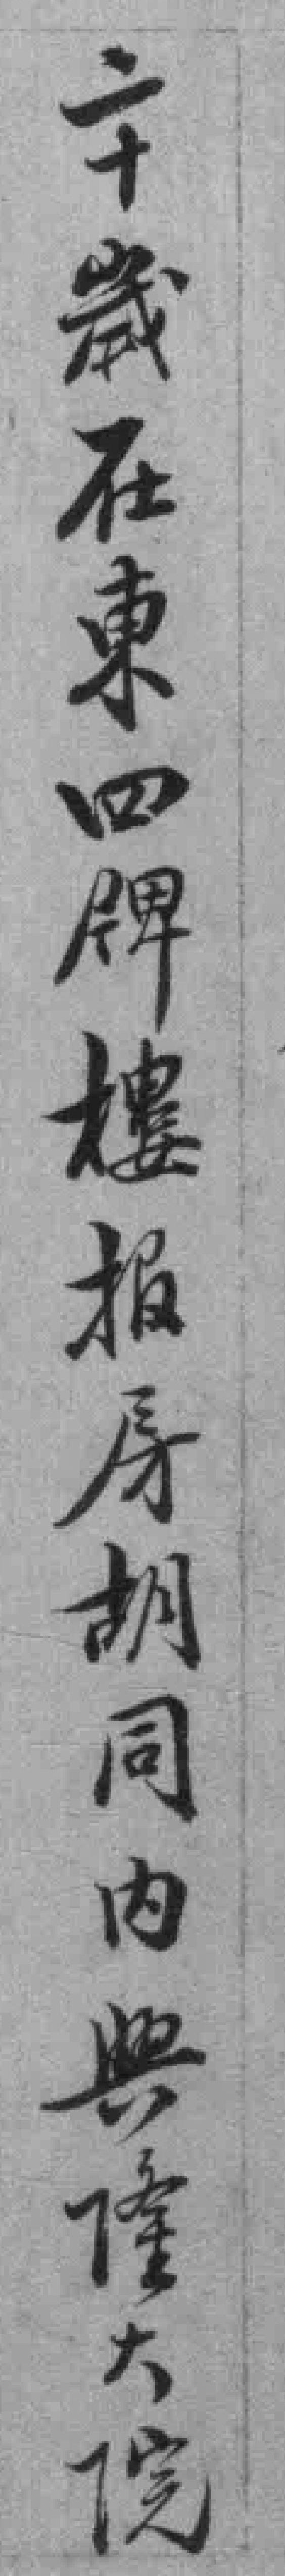
二十歲在東四牌樓报房胡同内興隆大院